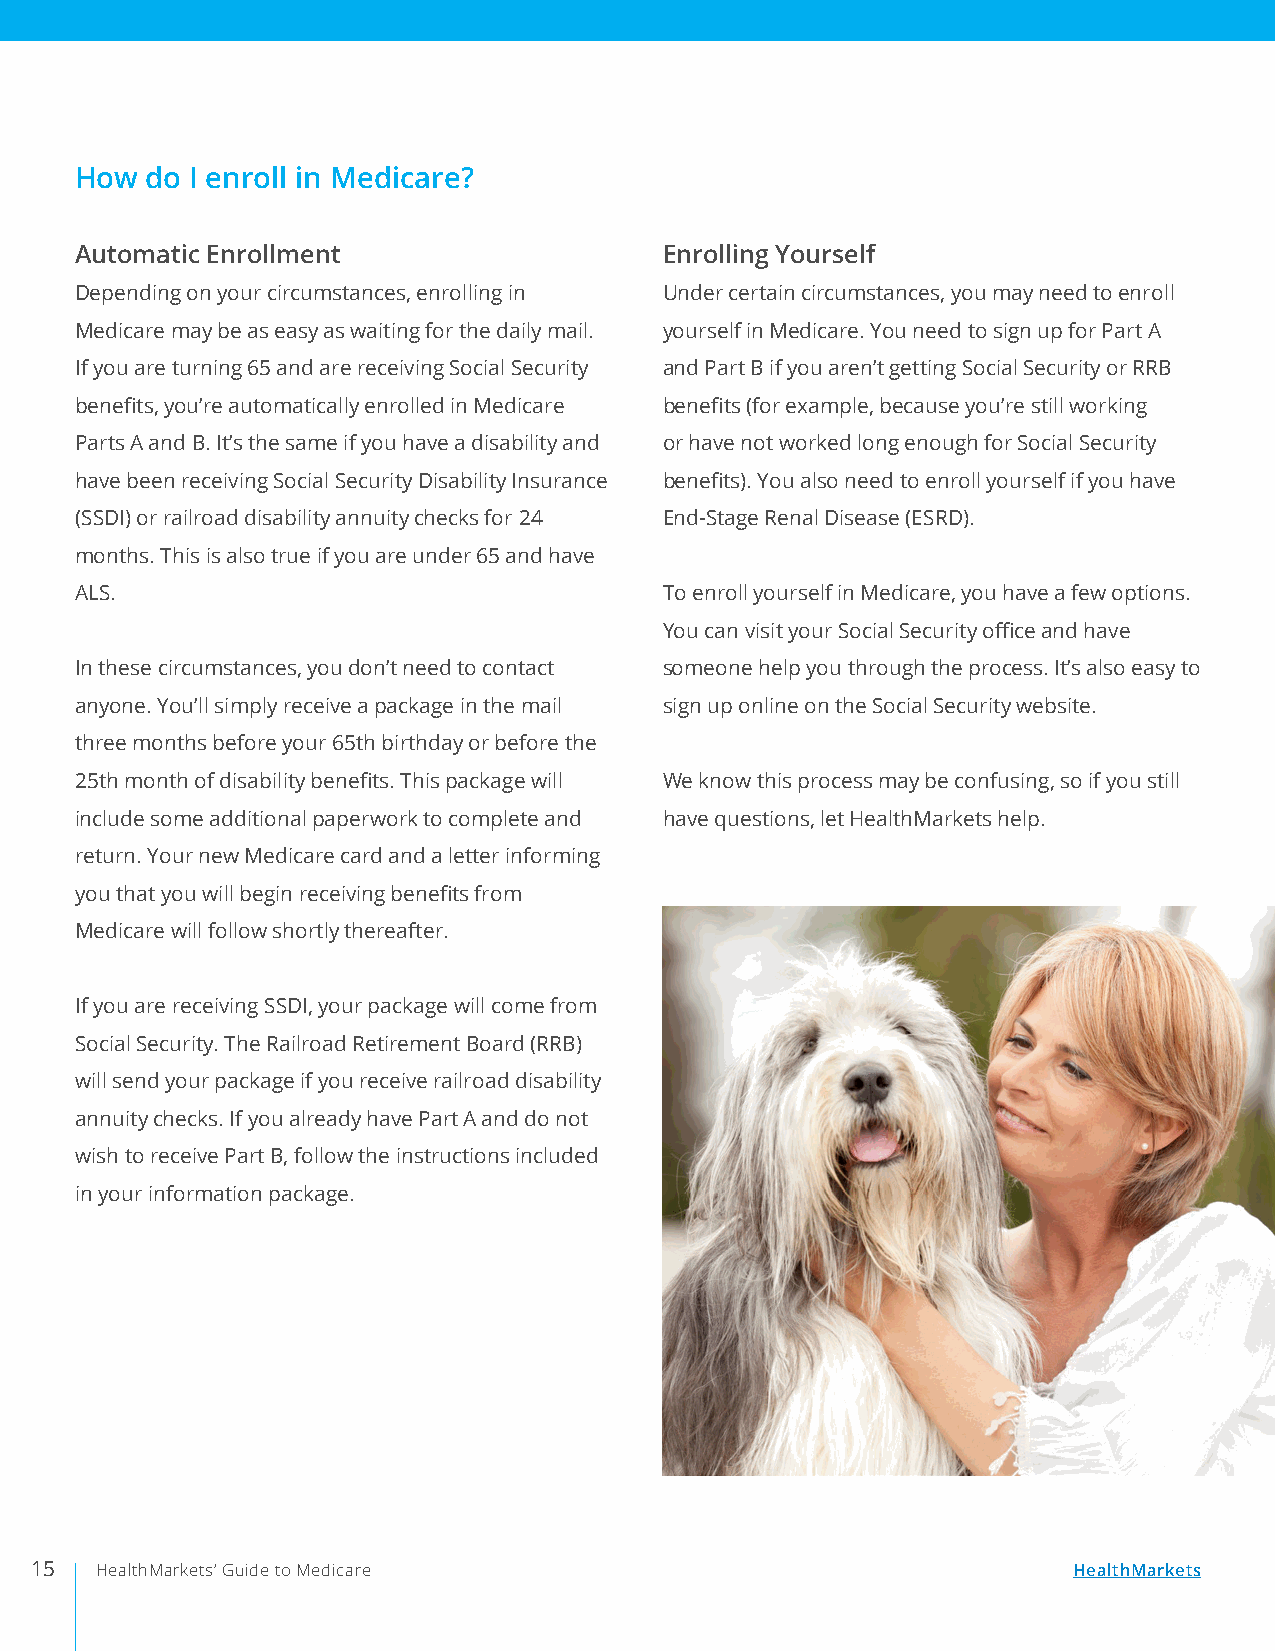
How  do I enroll in Medicare?
 Automatic Enrollment                   Enrolling Yourself
 Depending on your circumstances, enrolling in Under certain circumstances, you may need to enroll
 Medicare may be as easy as waiting for the daily mail. yourself in Medicare. You need to sign up for Part A
 If you are turning 65 and are receiving Social Security and Part B if you aren’t getting Social Security or RRB
 benefits, you’re automatically enrolled in Medicare benefits (for example, because you’re still working
 Parts A and B. It’s the same if you have a disability and or have not worked long enough for Social Security
 have been receiving Social Security Disability Insurance benefits). You also need to enroll yourself if you have
 (SSDI) or railroad disability annuity checks for 24 End-Stage Renal Disease (ESRD).
 months. This is also true if you are under 65 and have
 ALS.                                   To enroll yourself in Medicare, you have a few options.
 You can visit your Social Security office and have
 In these circumstances, you don’t need to contact someone help you through the process. It’s also easy to
 anyone. You’ll simply receive a package in the mail sign up online on the Social Security website.
 three months before your 65th birthday or before the
 25th month of disability benefits. This package will We know this process may be confusing, so if you still
 include some additional paperwork to complete and have questions, let HealthMarkets help.
 return. Your new Medicare card and a letter informing
 you that you will begin receiving benefits from
 Medicare will follow shortly thereafter.
 If you are receiving SSDI, your package will come from
 Social Security. The Railroad Retirement Board (RRB)
 will send your package if you receive railroad disability
 annuity checks. If you already have Part A and do not
 wish to receive Part B, follow the instructions included
 in your information package.
 15  HealthMarkets’ Guide to Medicare                                 HealthMarkets